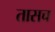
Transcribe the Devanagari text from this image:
तासच